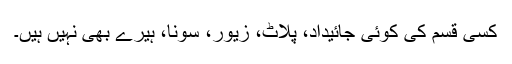
کسی قسم کی کوئی جائیداد، پلاٹ، زیور، سونا، ہیرے بھی نہیں ہیں۔